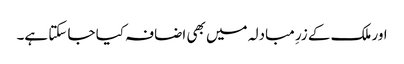
اور ملک کے زرِ مبادلہ میں بھی اضافہ کیا جا سکتا ہے۔